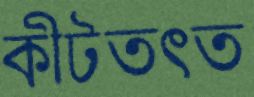
কীটতত্ত্ব